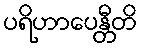
ပရိဟာပေန္တီတိ